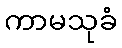
ကာမသုခံ